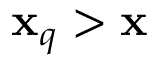
\mathbf { x } _ { q } > \mathbf { x }